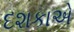
દશકાએ